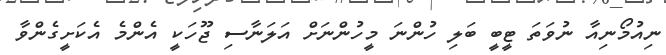
ނިއުމޯނިއާ ނުވަތަ ޓީބީ ބަލި ހުންނަ މީހުންނަށް އަލަނާސި ޖޫހަކީ އެންމެ އެކަށީގެންވާ